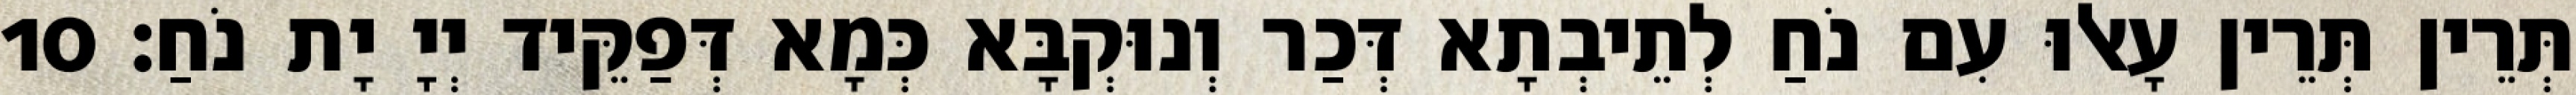
תְּרֵין תְּרֵין עָאלוּ עִם נֹחַ לְתֵיבְתָא דְּכַר וְנוּקְבָּא כְּמָא דְּפַקֵּיד יְיָ יָת נֹחַ׃ 10